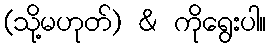
(သို့မဟုတ်) & ကိုရွေးပါ။